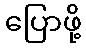
ပြောဖို့